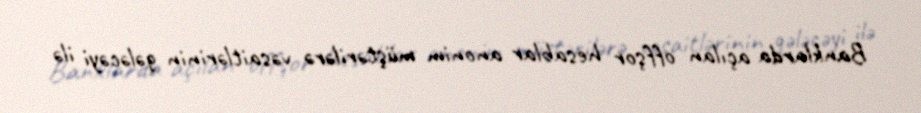
Banklarda açılan offşor hesablar anonim müştərilərə vəsaitlərinin gələcəyi ilə